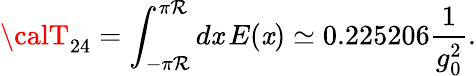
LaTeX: {\calT}_{24}=\int_{-\pi\mathcal{R}}^{\pi\mathcal{R}}d\mathit{x}\, E(\mathit{x})\simeq0.225206\frac{{1}}{{g_{0}^{2}}}.